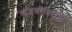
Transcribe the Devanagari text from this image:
खंडणीविरोधी